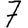
Digit: 7